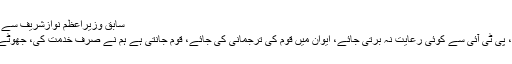
سابق وزیراعظم نوازشریف سے آرگنائزنگ کمیٹی کے رہنماؤں کی ملاقات
پی ٹی آئی نے جتنی سختی کرنی تھی کرلی، پی ٹی آئی سے کوئی رعایت نہ برتی جائے، ایوان میں قوم کی ترجمانی کی جائے، قوم جانتی ہے ہم نے صرف خدمت کی، جھوٹے مقدمات بنائے گئےجلد عوام میں ہوں گے۔